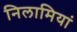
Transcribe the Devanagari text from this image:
निलामियां